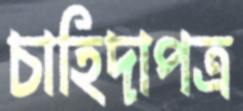
চাহিদাপত্র